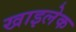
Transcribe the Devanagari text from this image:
खाइलेक